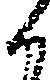
候